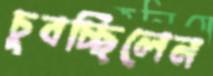
চুবচ্ছিলেন